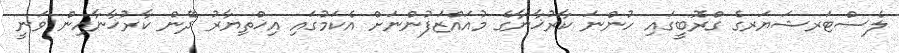
ލެސްޓަރޝަޔަރގެ ގްރޮބީގައި ހުންނަ ކާރުޚާނާގެ މުއައްޒަފުންނަށް އެކަމުގައި އިޚްތިޔާރު ދޭން ކާރުޚާނާއިން ވަނީ